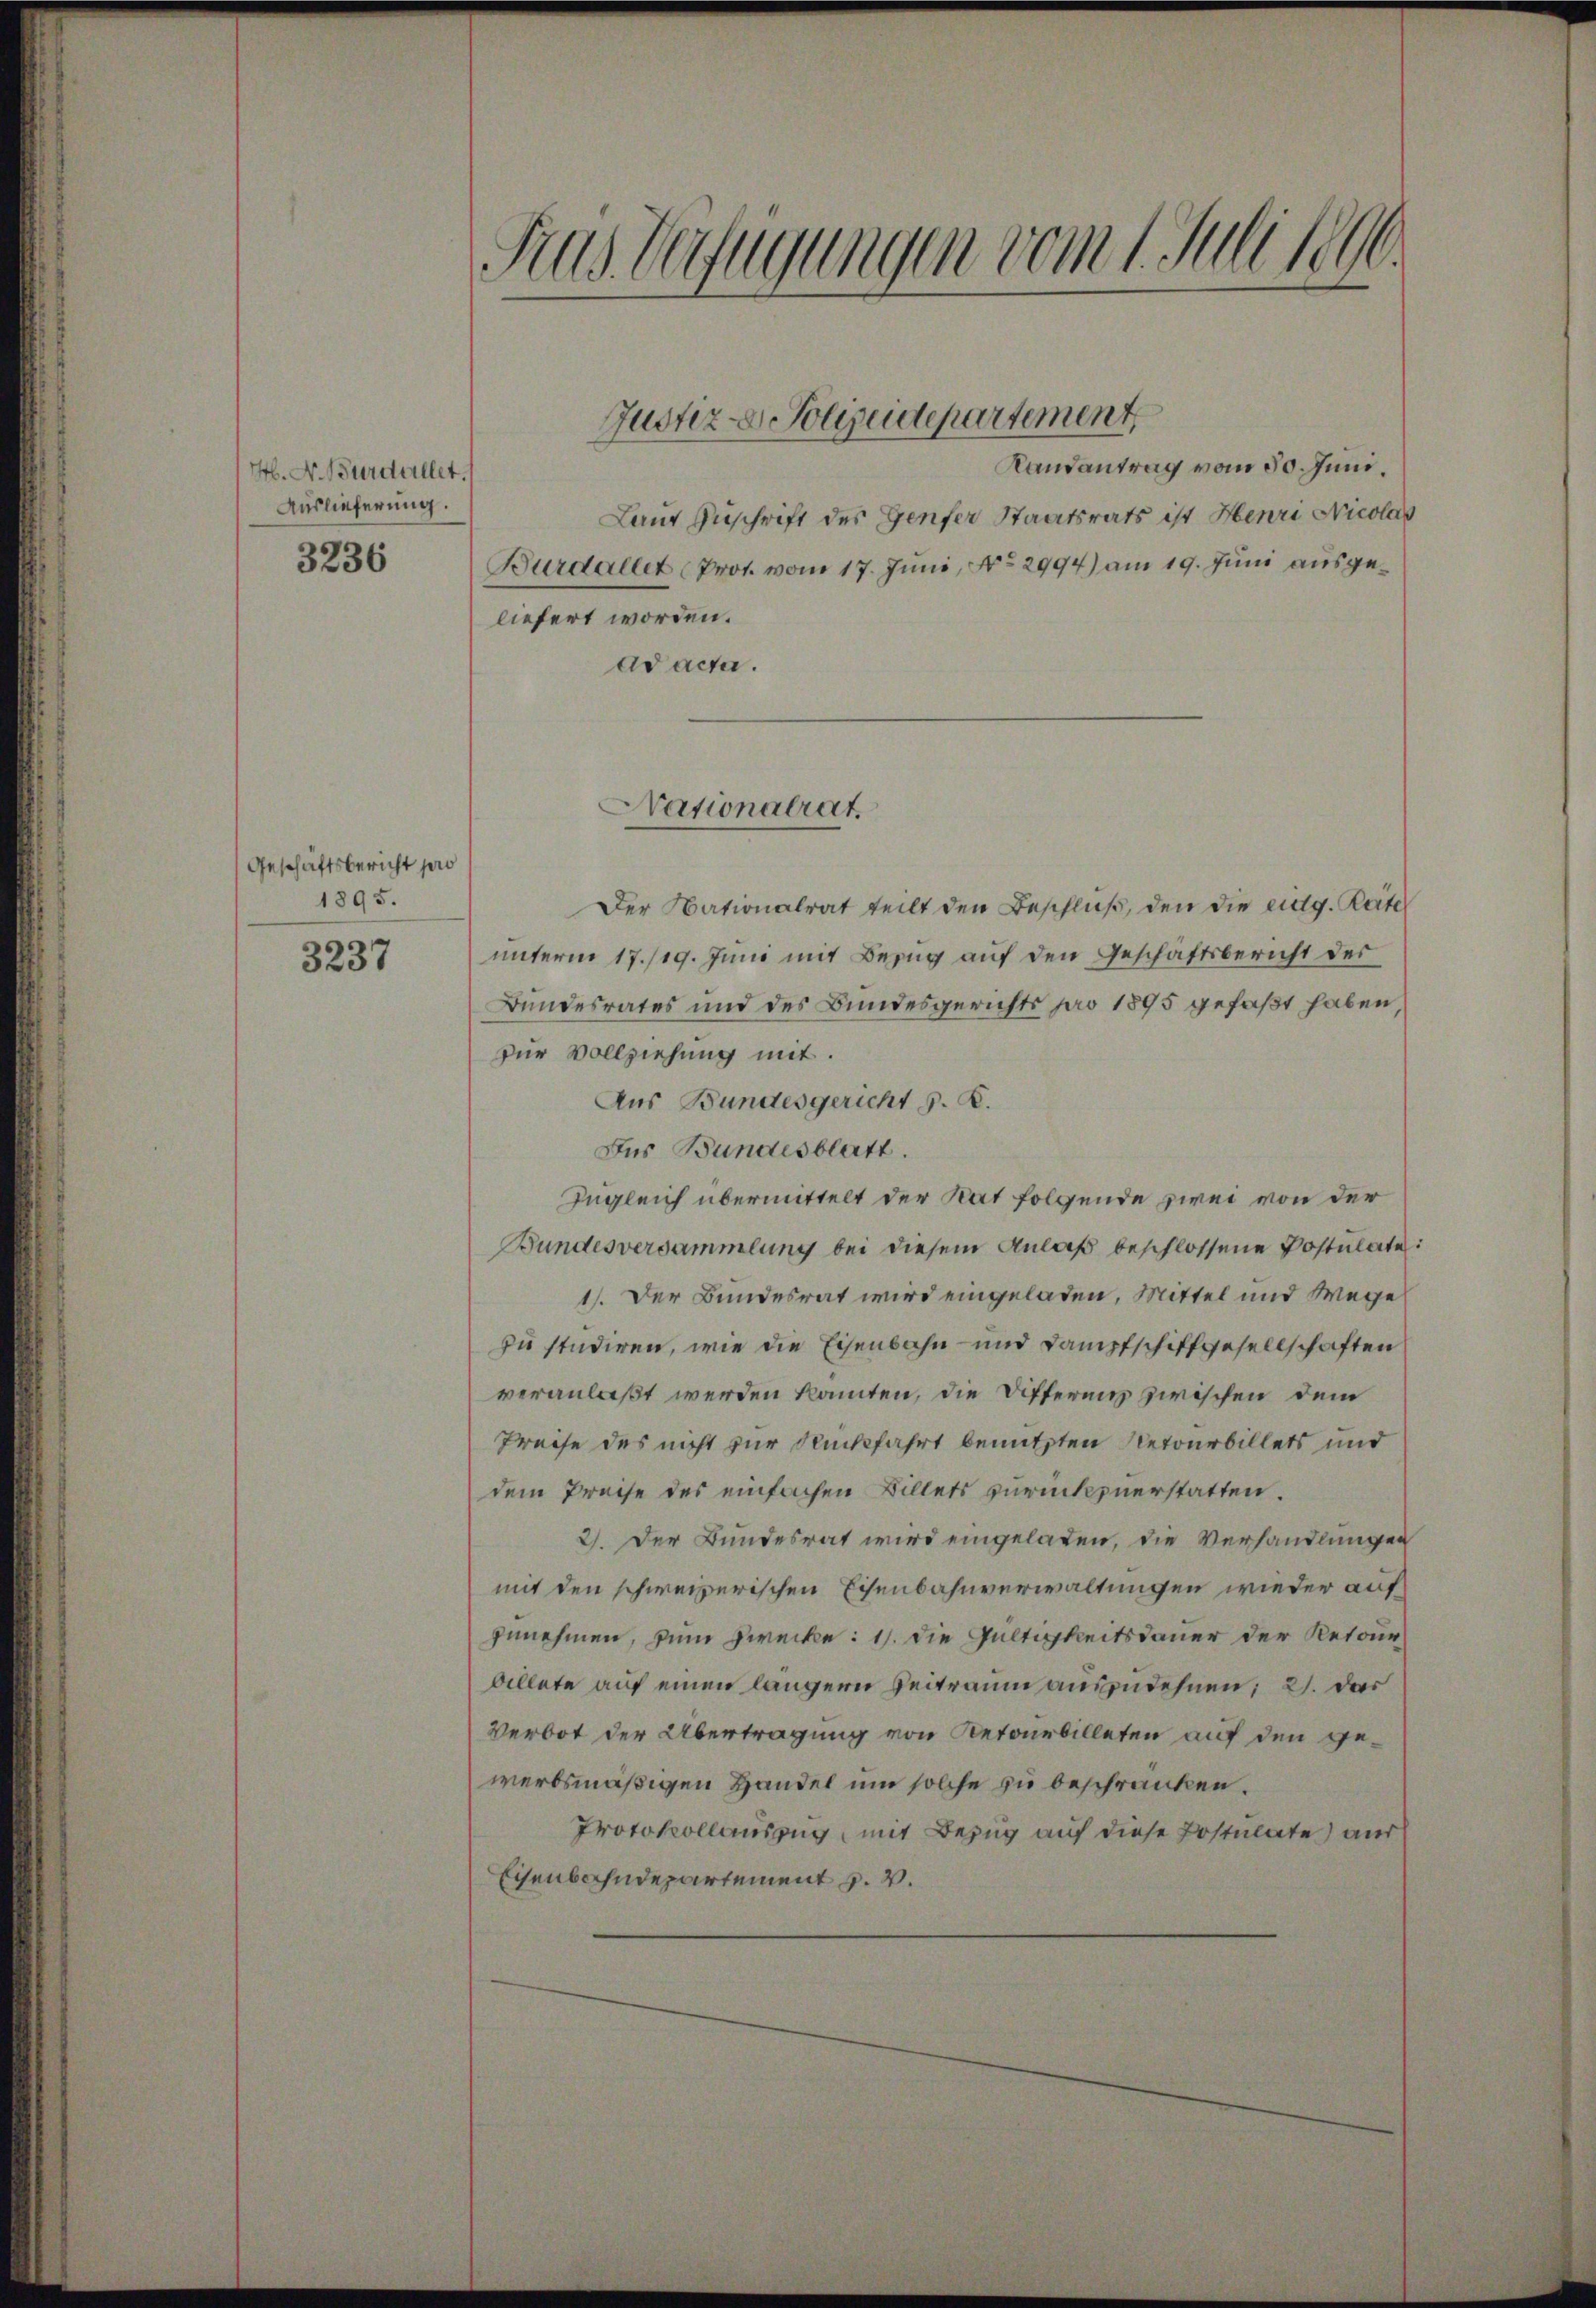
M. N. Burdallet,
Auslieferung.
3236

Geschäftsbericht pro
1895.

3237

Fras Verfügungen vom 1. Juli 1890.

Der Nationalrat teilt den Beschluß, den die eidg. Rate
unterm 17./19. Juni mit Bezug auf den Geschäftsbericht der
Bundesrates und des Bundesgerichts pro 1895 gefaßt haben,
zur Vollziehung mit.
Aus Bundesgericht s. Z.
Des Bundesblatt.
Zugleich übermittelt der Rat folgende zwei von der
Bundesversammlung bei diesem Anlaß beschlossene Postulate
1). Der Bundesrat wird eingeladen, Mittel und Wege
zu studiren, wie die Eisenbahn- und Dampfschiffgesellschaften
veranlaßt werden kannten, die Differens zwischen dem
Preise des nicht zur Rückfahrt benutzten Netourbillets und
dem Preise des einfachen Billets zurückzuerstatten.
2). Der Bundesrat wird eingeladen, die Verhandlungen
mit den schweizerischen Eisenbahnverwaltungen wieder auf
zunehmen, zum Zwecke: 1. die Gültigkeitsdauer der Retour
billete auf einen längern Beitraum auszudehnen; 21. das
Verbot der Übertragung von Retourbilleten auf den gewerbsmäßigen Handel um solche zu beschränken.
Protokollauszug, mit Bezug auf diese Postulate) aus
Eisenbahndepartement v. V.

Randantrag vom 30. Juni.
Laut Zuschrift des Genfer Staatsrats ist Henri Nicolas
Burdallet (Prot. vom 17. Juni, No 2994) am 19. Juni ausgeliefert worden.
Adacte.

Justiz- & Polizeidepartement,

Nationalrat,